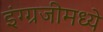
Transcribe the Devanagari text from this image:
इंग्ग्रजीमध्ये